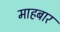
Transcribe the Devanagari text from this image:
माहबार